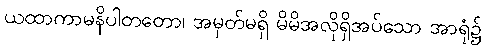
ယထာကာမနိပါတတော၊ အမှတ်မရှိ မိမိအလိုရှိအပ်သော အာရုံ၌